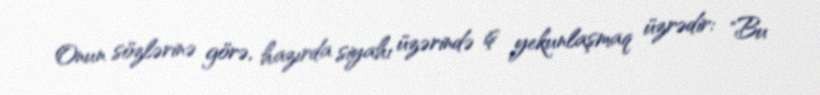
Onun sözlərinə görə, hazırda siyahı üzərində iş yekunlaşmaq üzrədir: "Bu